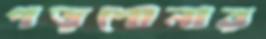
পড়শোনার